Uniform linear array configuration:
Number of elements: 12
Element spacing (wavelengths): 0.25
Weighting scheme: uniform
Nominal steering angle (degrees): -45
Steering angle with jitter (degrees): -45.638
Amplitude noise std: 0.05
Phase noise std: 0.05

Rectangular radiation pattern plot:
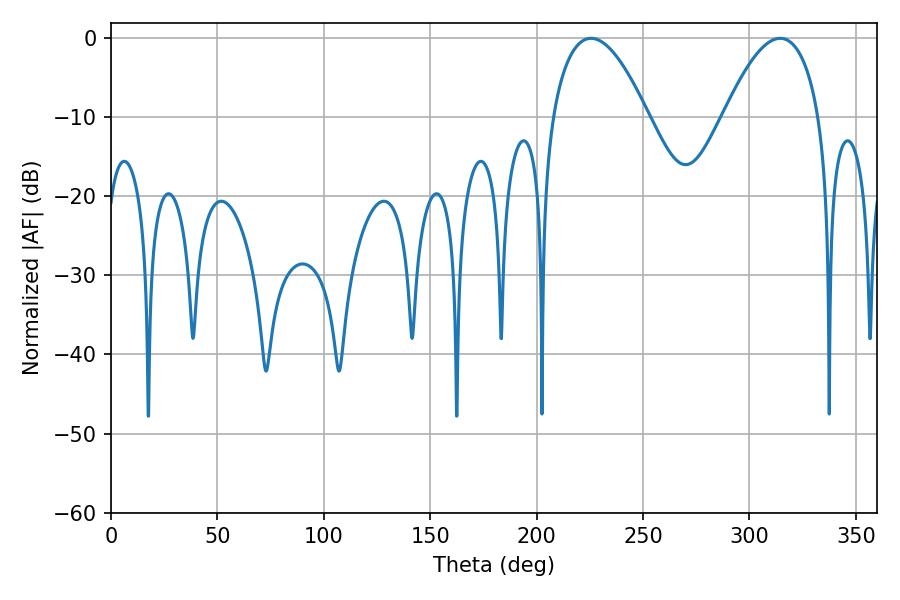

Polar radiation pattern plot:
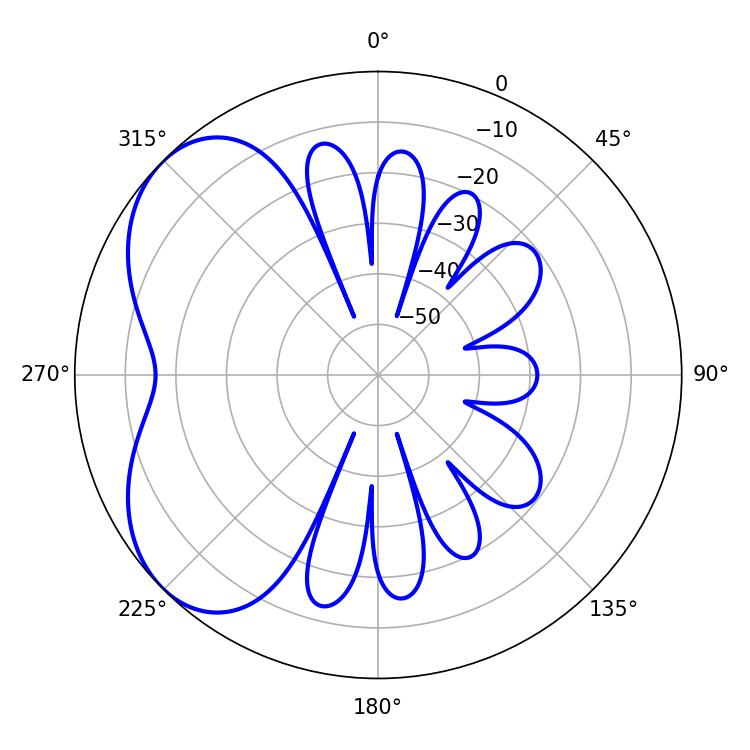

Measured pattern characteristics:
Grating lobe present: FALSE
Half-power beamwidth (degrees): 24.84
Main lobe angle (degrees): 225.54